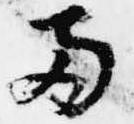
両